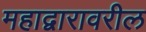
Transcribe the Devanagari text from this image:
महाद्वारावरील